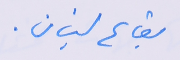
بقاع لبنان.